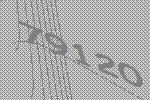
79120